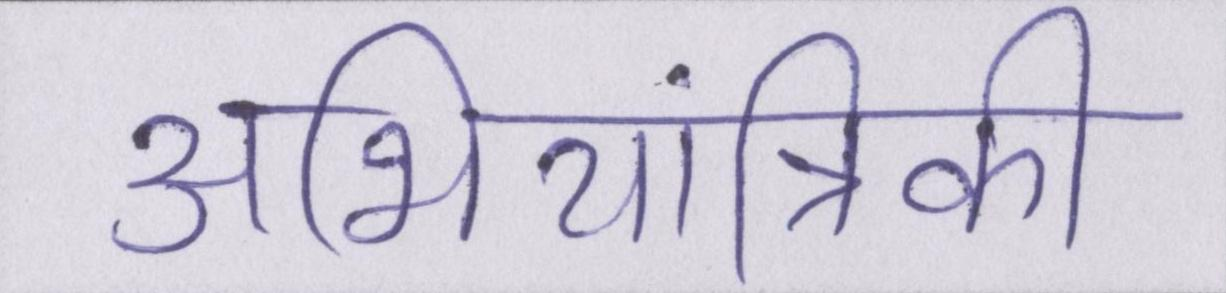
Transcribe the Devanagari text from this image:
अभियांत्रिकी